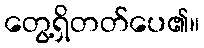
တွေ့ရှိတတ်ပေ၏။